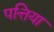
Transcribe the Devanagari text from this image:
पत्तिया